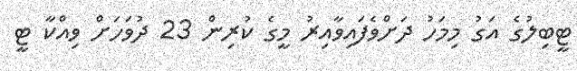
ޓީބިލުގެ އަގު މިމަހު ދަށްވެފައިވާއިރު މީގެ ކުރިން 23 ދުވަހަށް ވިއްކާ ޓީ